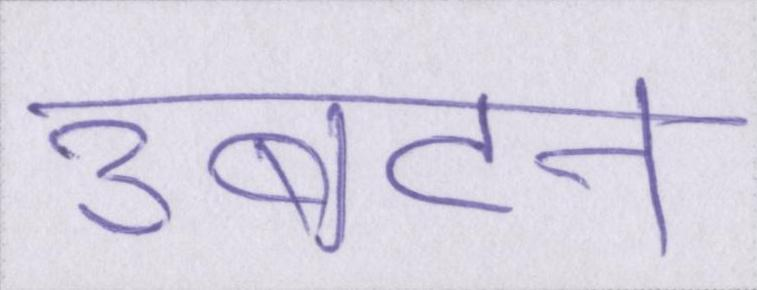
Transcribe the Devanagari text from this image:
उबटन